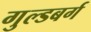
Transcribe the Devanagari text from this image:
गुल्डबर्ग